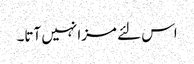
اس لئے مزا نہیں آتا۔